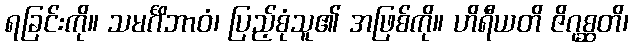
ရခြင်းကို။ သမင်္ဂိဘာဝံ၊ ပြည့်စုံသူ၏ အဖြစ်ကို။ ဟိရီယတိ ဇိဂုစ္ဆတိ၊